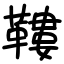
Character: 鞻